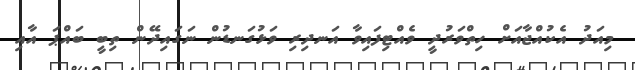
މިއަދު އެކުއްޖާއަށް ހިތްވަރުދީ ވެއްޓިފައިވާ އަނދިރި ވަޅުގަނޑުން ނަގައިދޭން ތިބީ ބައްޕަ އާއި